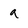
Character: a